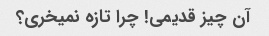
آن چیز قدیمی! چرا تازه نمیخری؟